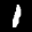
Label: 1